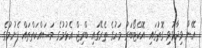
އޭނާ ވިދާޅުވި ގޮތުގައި އޮކްޓޯބަރު މަހުގެ ތެރޭގައި ބްރިޖް އެޅުމުގެ މަސައްކަތްތައް ފެށުމުގެ